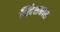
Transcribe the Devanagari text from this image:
निदेशकास